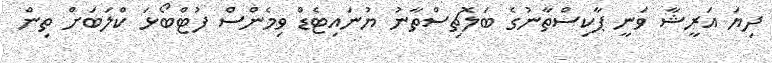
ދިޔަ އަރީޝާ ވަނީ ޕާކިސްތާނުގެ ބަލޮޗިސްތާނު ޔުނައިޓެޑް ވިމެންސް ފުޓްބޯޅަ ކްލަބަށް ތިން